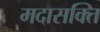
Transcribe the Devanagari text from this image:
मदासक्ति